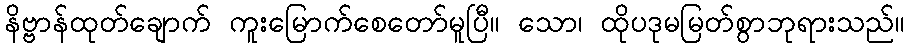
နိဗ္ဗာန်ထုတ်ချောက် ကူးမြောက်စေတော်မူပြီ။ သော၊ ထိုပဒုမမြတ်စွာဘုရားသည်။